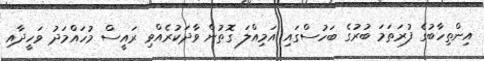
އިންތިހާބުގެ ފުރަތަމަ ބުރުގެ ބަހުސްގައި އަމިއްލަ ގޮތުން ވާދަކުރެއްވި ރައީސް މުހައްމަދު ވަހީދާއި